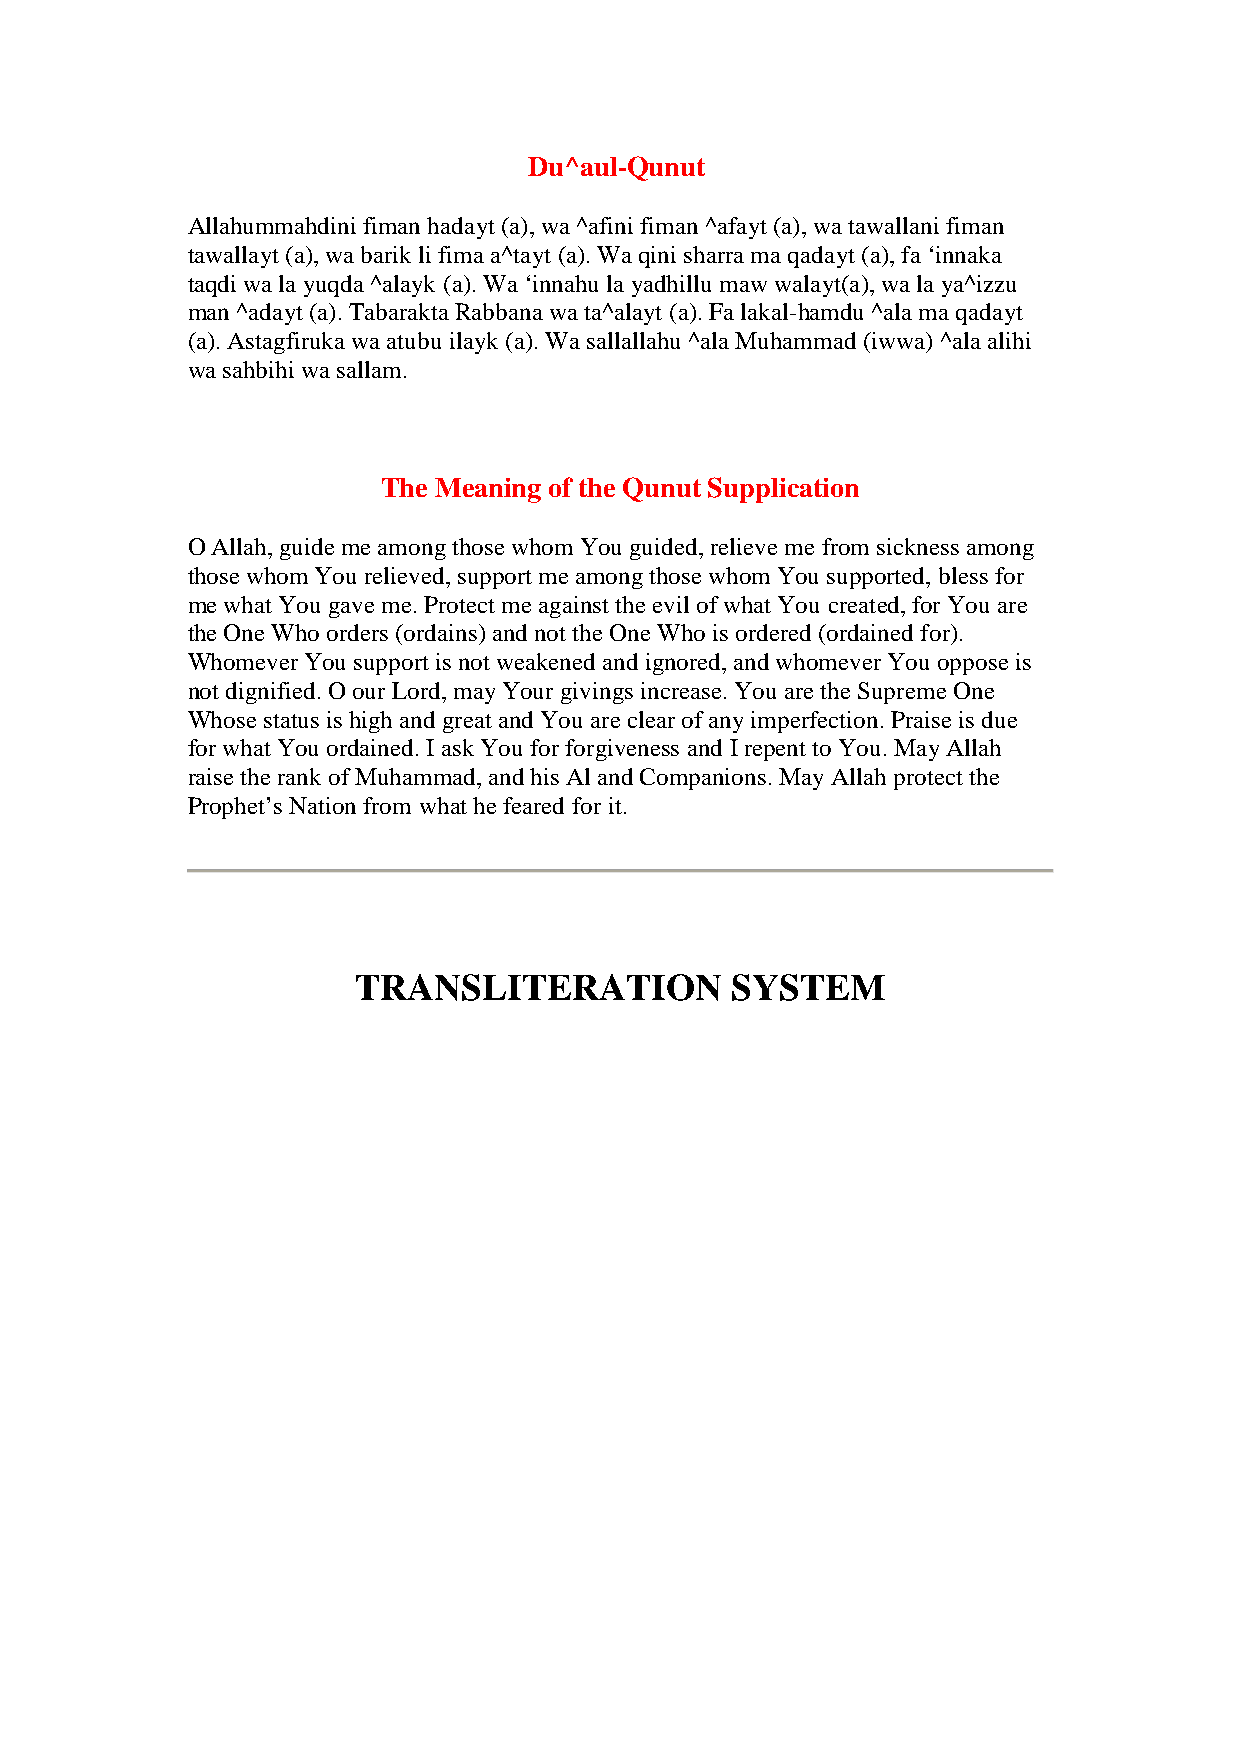
Du^aul-Qunut
 Allahummahdini fiman hadayt (a), wa ^afini fiman ^afayt (a), wa tawallani fiman
 tawallayt (a), wa barik li fima a^tayt (a). Wa qini sharra ma qadayt (a), fa ‘innaka
 taqdi wa la yuqda ^alayk (a). Wa ‘innahu la yadhillu maw walayt(a), wa la ya^izzu
 man ^adayt (a). Tabarakta Rabbana wa ta^alayt (a). Fa lakal-hamdu ^ala ma qadayt
 (a). Astagfiruka wa atubu ilayk (a). Wa sallallahu ^ala Muhammad (iwwa) ^ala alihi
 wa sahbihi wa sallam.
 The Meaning of the Qunut Supplication
 O Allah, guide me among those whom You guided, relieve me from sickness among
 those whom You relieved, support me among those whom You supported, bless for
 me what You gave me. Protect me against the evil of what You created, for You are
 the One Who orders (ordains) and not the One Who is ordered (ordained for).
 Whomever You support is not weakened and ignored, and whomever You oppose is
 not dignified. O our Lord, may Your givings increase. You are the Supreme One
 Whose status is high and great and You are clear of any imperfection. Praise is due
 for what You ordained. I ask You for forgiveness and I repent to You. May Allah
 raise the rank of Muhammad, and his Al and Companions. May Allah protect the
 Prophet’s Nation from what he feared for it.
 TRANSLITERATION          SYSTEM